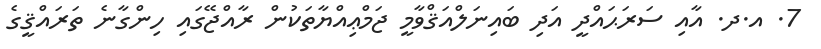
7. އ.ދ. އާއި ސަރަޙައްދީ އަދި ބައިނަލްއަޤްވާމީ ޖަމްޢިއްޔާތަކުން ރާއްޖޭގައި ހިންގާނެ ތަރައްޤީގެ